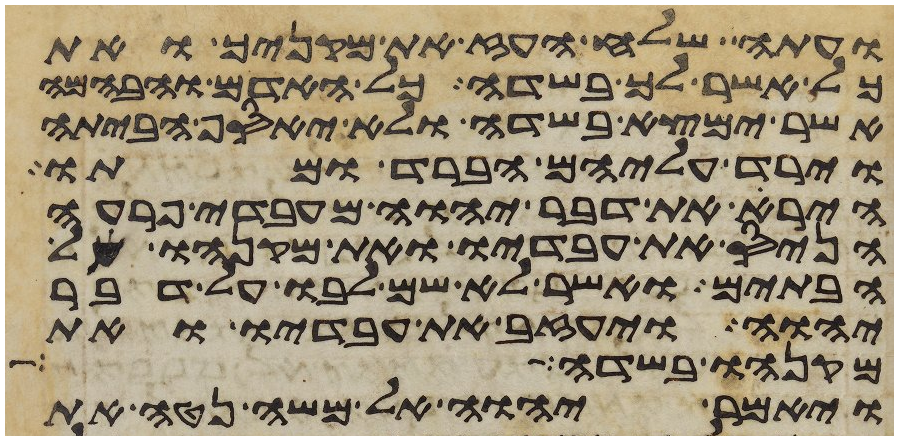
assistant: ועתה שלח העז את מקניך ואת
כל אשר לך בשדה כל האדם והבהמה
אשר ימצא בשדה ולא יאסף הביתה
וירד עליהם הברד ומתו
הירא את דבר יהוה מעבדי פרעה
הניס את עבדיו ואת מקנהו אל
הבתים ואשר לא שם לבו על דבר
יהוה ויעזב את עבדיו ואת
מקנהו בשדה
ויאמר יהוה אל משה נטה את